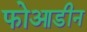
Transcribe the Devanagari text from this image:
फोआडीन